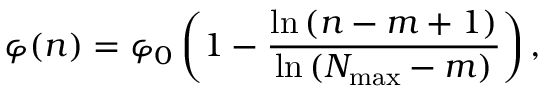
\varphi ( n ) = \varphi _ { 0 } \left( 1 - \frac { \ln { ( n - m + 1 ) } } { \ln { ( N _ { \mathrm { m a x } } - m ) } } \right) ,